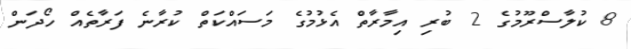
8 ކުލާސްރޫމުގެ 2 ބުރި އިމާރާތް އެޅުމުގެ މަސައްކަތް ކުރާނެ ފަރާތެއް ހޯދަން